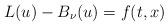
LaTeX: \begin{align*}L(u)-B_\nu(u)=f(t,x)\end{align*}